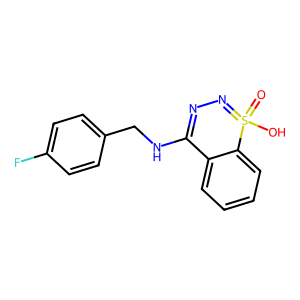
SMILES: O=S1(O)=NN=C(NCc2ccc(F)cc2)c2ccccc21
Inhibits HIV replication: No